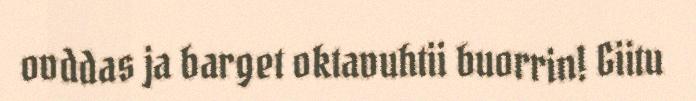
ovddas ja barget oktavuhtii buorrin! Giitu